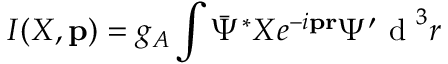
I ( X , { \mathbf p } ) = g _ { A } \int \bar { \Psi } ^ { \ast } X e ^ { - i { \mathbf p } { \mathbf r } } \Psi ^ { \prime } \textrm { d } ^ { 3 } r